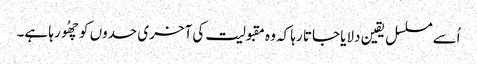
اُسے مسلسل یقین دلایا جاتا رہا کہ وہ مقبولیت کی آخری حدوں کو چھُو رہا ہے۔